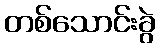
တစ်သောင်းခွဲ